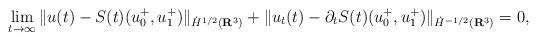
LaTeX: \begin{align*}\lim_{t \rightarrow \infty} \| u(t) - S(t)(u_{0}^{+}, u_{1}^{+}) \|_{\dot{H}^{1/2}(\mathbf{R}^{3})} + \| u_{t}(t) - \partial_{t} S(t)(u_{0}^{+}, u_{1}^{+}) \|_{\dot{H}^{-1/2}(\mathbf{R}^{3})} = 0,\end{align*}